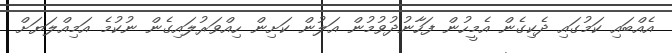
އެއްބައި ކަމުގައި ދެކިގެން އެމީހުން ފަހާނުދުވުމުން އަލުން ކަށިން ހިއްވަރުލައިގެން ނުކުމެ އަމިއްލަޔަށް